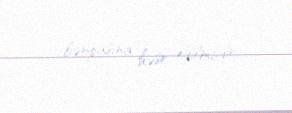
bərpasına həsr edilmişdir.